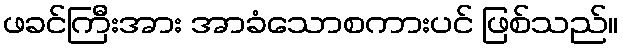
ဖခင်ကြီးအား အာခံသောစကားပင် ဖြစ်သည်။